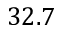
3 2 . 7